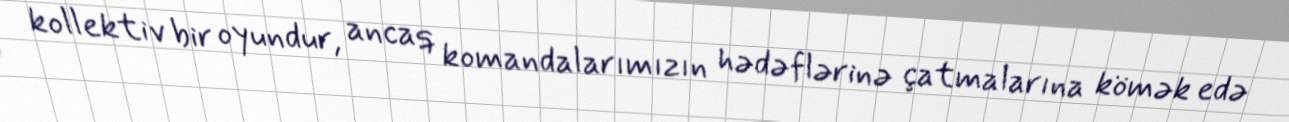
kollektiv bir oyundur, ancaq komandalarımızın hədəflərinə çatmalarına kömək edə